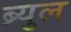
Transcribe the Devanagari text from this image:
ब्र्युल